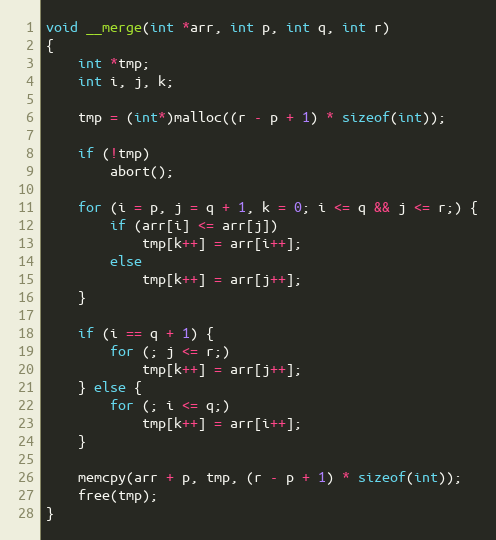
Language: C
void __merge(int *arr, int p, int q, int r)
{
	int *tmp;
	int i, j, k;

	tmp = (int*)malloc((r - p + 1) * sizeof(int));

	if (!tmp)
		abort();

	for (i = p, j = q + 1, k = 0; i <= q && j <= r;) {
		if (arr[i] <= arr[j])
			tmp[k++] = arr[i++];
		else
			tmp[k++] = arr[j++];
	}

	if (i == q + 1) {
		for (; j <= r;)
			tmp[k++] = arr[j++];
	} else {
		for (; i <= q;)
			tmp[k++] = arr[i++];
	}

	memcpy(arr + p, tmp, (r - p + 1) * sizeof(int));
	free(tmp);
}